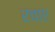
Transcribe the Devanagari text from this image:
रचाए